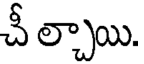
చీ ల్చాయి.